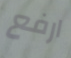
ارفع